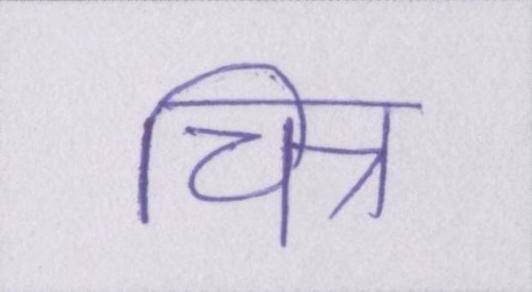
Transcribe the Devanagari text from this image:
चित्र